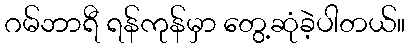
ဂမ်ဘာရီ ရန်ကုန်မှာ တွေ့ဆုံခဲ့ပါတယ်။